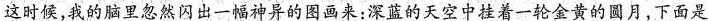
这时候，我的脑里忽然闪出一幅神异的图画来：\underline{深蓝的天空中挂着一轮金黄的圆月，下面是}